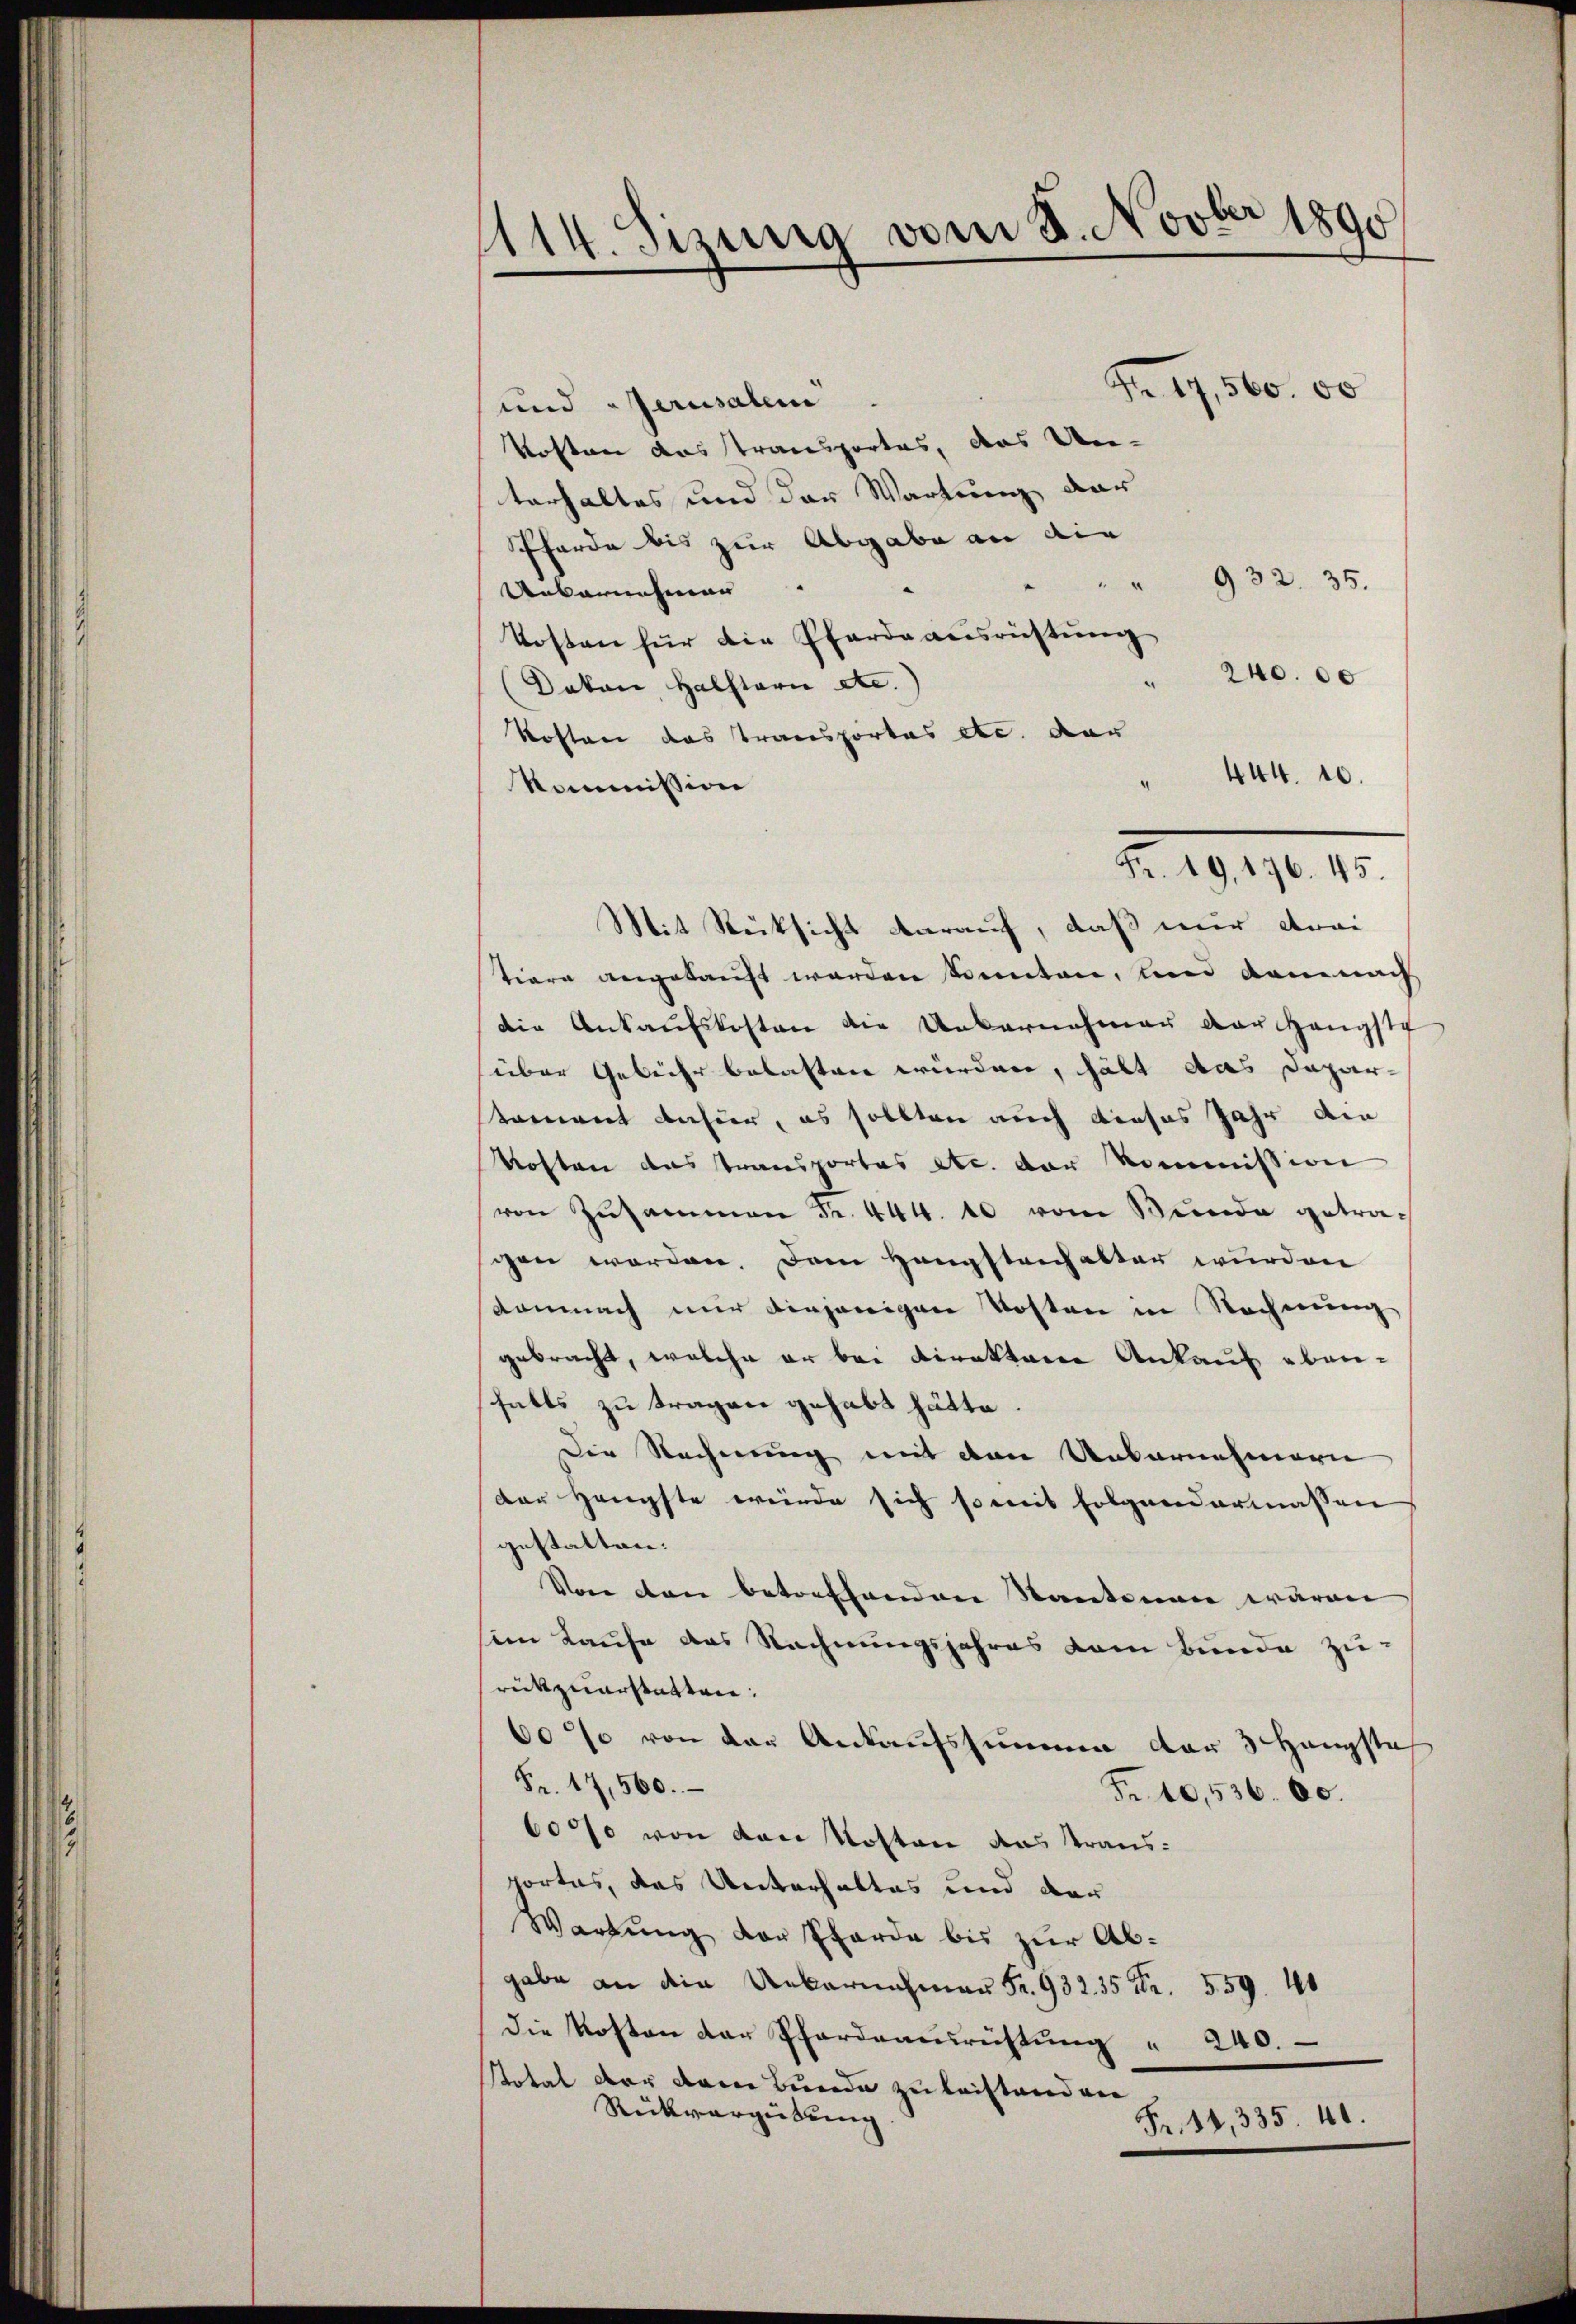
1114. Sizung vom 8. Novber 1890

und Berusalem
Kosten das Transportes, das Un-
terhaltes und der Wartung dar
Pferde bis zur Abgabe an die
" " 932. 35.
Uebernehmen.
Kosten für die Pferdeausrichtung
240. 00
Davon Halstern etc.
Kosten das Transportas etc. dar
444. 10.
4
kommission
Mit Rücksicht darauf, daß nur etwai
tiore angekauft werden könnten, und dann nach
die Ankaufskosten die Uebernahmen der Hängste
über Gebühr belasten würden, hält das Dapar-
tament dafür, es sollten auch dieses Jahr die
Kosten das Transportes etc. der Kommission
von Zŭsammen Fr. 444. 10 vom Bunde getragen worden. Dem Haupfteichalter wurden
Komnach nur diejenigen Kosten in Rechnung
gebracht, welche er bei Direktore Ankauf ebenfalls zu tragen gehabt hätte
Die Rechnung mit den Uebernehmern
der Hnüpfte würde sich somit Folgendermassen
gestatten.
Von den betreffenden Kantonen waren
im Kaufe das Rechnungsjahres dem Bunde zu-
rückzuerstatten:
60% von der Ankaufssumme der 3 Hängste
Fr. 17,560.
Fr. 10,536. 60.
60% von den Kosten das Traus-
portes, das Unterhaltes und der
Wartung der Pferde bis zur Abgabe an die Unkarnachmann Fr. 932. 35 Fr. 559. 40
Die Kosten der Pfardeausrichtŭng " 240.
Stotal der dann Bunde zu leistand ve
Rückvergütung
Fr. 14, 335. 41.

Fr. 17,560. 00

No. 19190. 10.